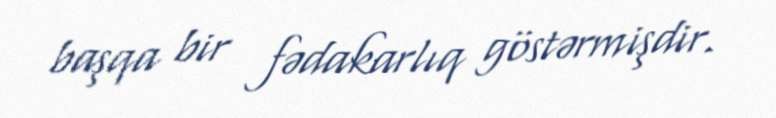
başqa bir fədakarlıq göstərmişdir.